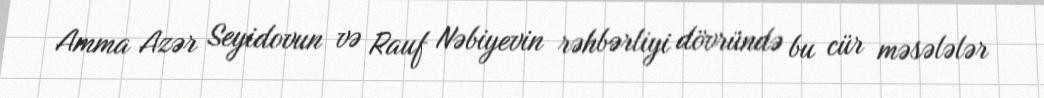
Amma Azər Seyidovun və Rauf Nəbiyevin rəhbərliyi dövründə bu cür məsələlər